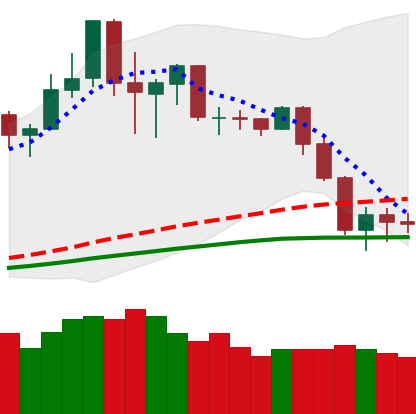
Ticker: NEO-USD
Chart end date: 2020-02-29
Forward return: 7.941%
Label: up_7plus